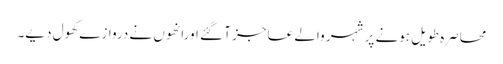
محاصرہ طویل ہونے پر شہر والے عاجز آ گئے اورانھوں نے دروازے کھول دیے۔